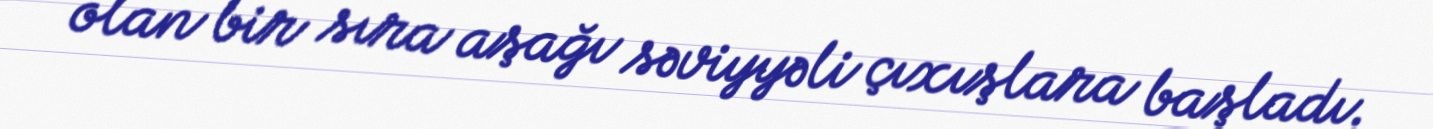
olan bir sıra aşağı səviyyəli çıxışlara başladı.